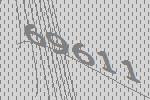
69611